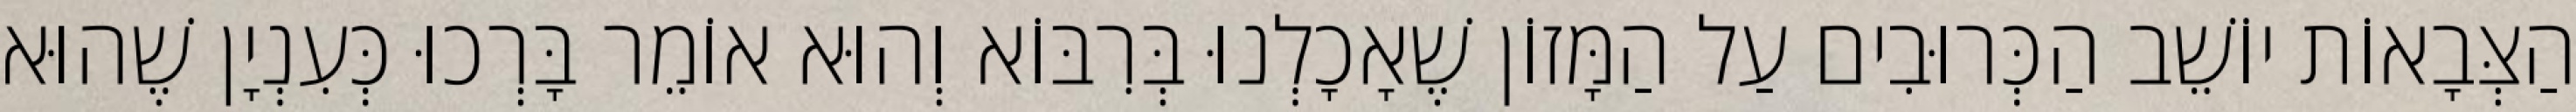
הַצְּבָאוֹת יוֹשֵׁב הַכְּרוּבִים עַל הַמָּזוֹן שֶׁאָכָלְנוּ בְּרִבּוֹא וְהוּא אוֹמֵר בָּרְכוּ כְּעִנְיָן שֶׁהוּא